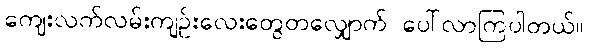
ကျေးလက်လမ်းကျဉ်းလေးတွေတလျှောက် ပေါ်လာကြပါတယ်။